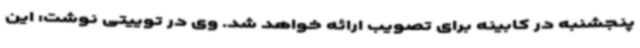
پنجشنبه در کابینه برای تصویب ارائه خواهد شد. وی در توییتی نوشت: این